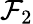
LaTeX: {\mathcal{F}}_{2}